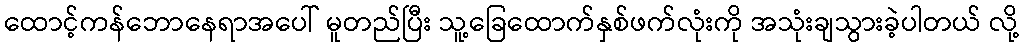
ထောင့်ကန်ဘောနေရာအပေါ် မူတည်ပြီး သူ့ခြေထောက်နှစ်ဖက်လုံးကို အသုံးချသွားခဲ့ပါတယ် လို့